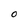
Character: 0